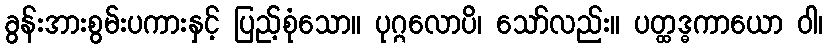
ခွန်းအားစွမ်းပကားနှင့် ပြည့်စုံသော။ ပုဂ္ဂလောပိ၊ သော်လည်း။ ပတ္ထဒ္ဓကာယော ဝါ၊